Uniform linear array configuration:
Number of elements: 8
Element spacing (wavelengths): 1
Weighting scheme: cosine
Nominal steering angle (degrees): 60
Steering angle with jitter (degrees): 59.753
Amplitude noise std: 0.05
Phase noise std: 0.05

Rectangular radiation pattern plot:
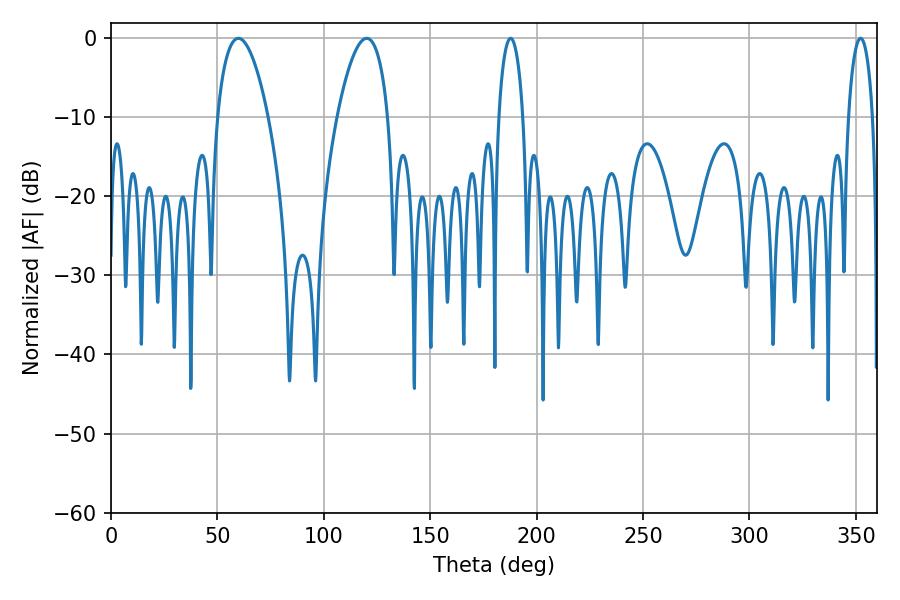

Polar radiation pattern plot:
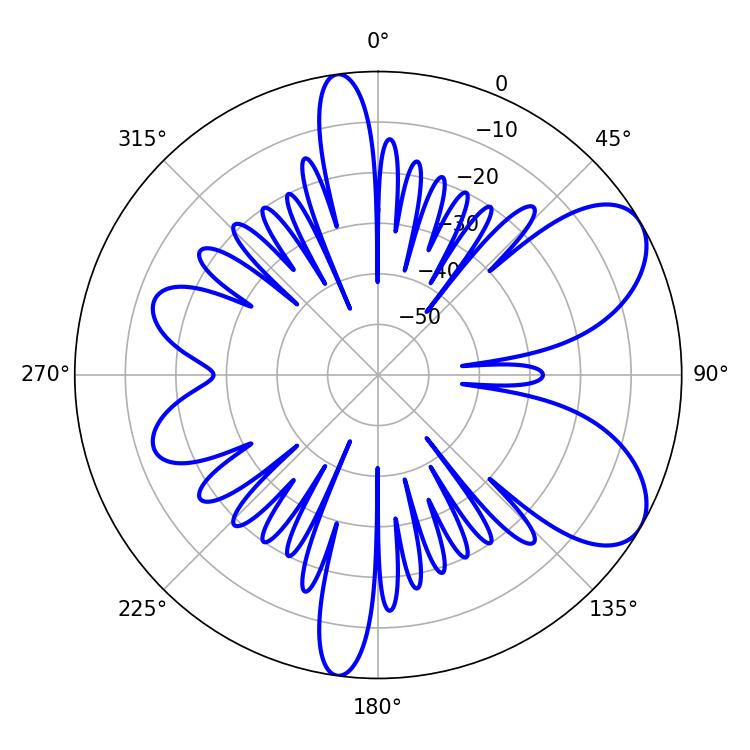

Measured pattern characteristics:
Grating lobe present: TRUE
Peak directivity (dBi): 7.269
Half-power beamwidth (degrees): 6.48
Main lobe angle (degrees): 187.74